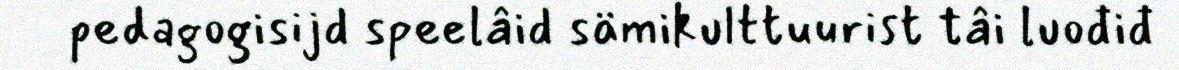
pedagogisijd speelâid sämikulttuurist tâi luođiđ